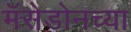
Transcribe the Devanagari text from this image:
मॅसेडोनच्या